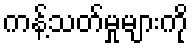
ကန့်သတ်မှုများကို